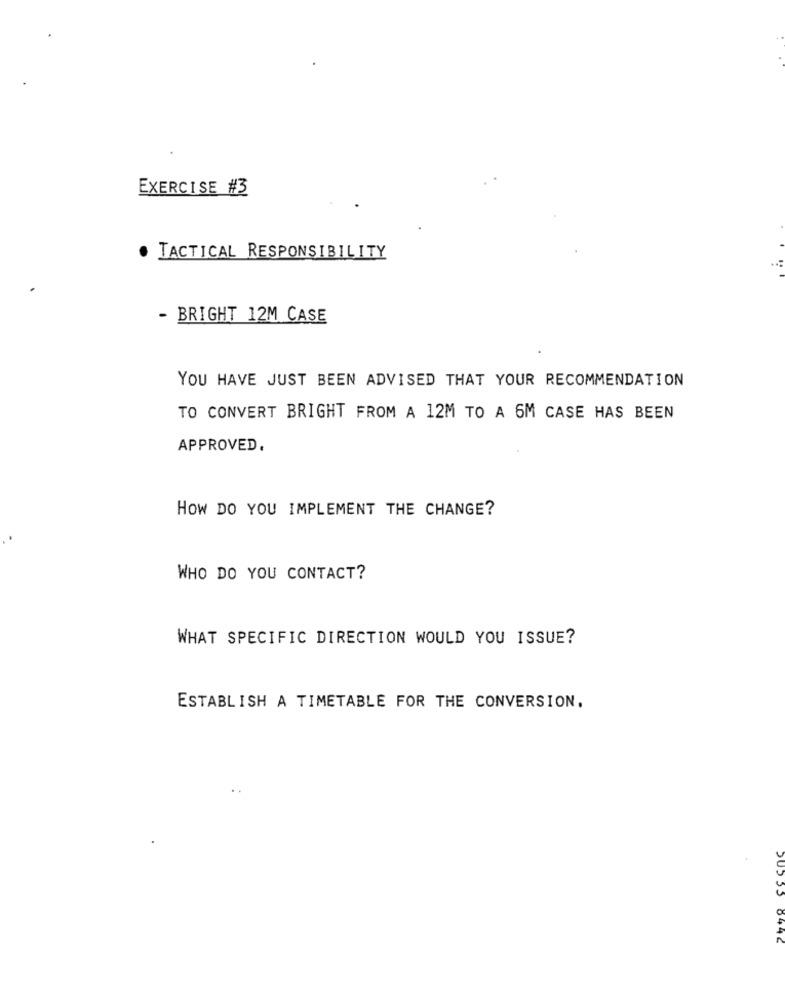
EXERCISE #3
TACTICAL RESPONSIBILITY
- BRIGHT 12M CASE
YOU HAVE JUST BEEN ADVISED THAT YOUR RECOMMENDATION
TO CONVERT BRIGHT FROM A 12M TO A 6M CASE HAS BEEN
APPROVED.
HOW DO YOU IMPLEMENT THE CHANGE?
WHO DO YOU CONTACT?
WHAT SPECIFIC DIRECTION WOULD YOU ISSUE?
ESTABLISH A TIMETABLE FOR THE CONVERSION.
6446